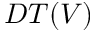
D T ( V )